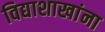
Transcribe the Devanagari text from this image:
विद्याशाखांना